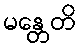
မန္တေတိ